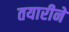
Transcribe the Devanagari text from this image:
तयारीने